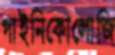
গাইনিকোলোজি